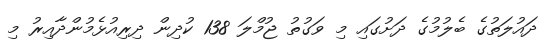
ދައުލަތުގެ ބެލުމުގެ ދަށުގައި މި ވަގުތު ޖުމްލަ 138 ކުދިން ދިރިއުޅެމުންދާއިރު މި